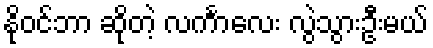
နိုဝင်ဘာ ဆိုတဲ့ လင်္ကာလေး လွဲသွားဦးမယ်